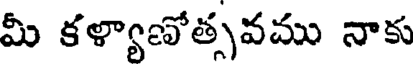
మీ కళ్యాణోత్సవము నాకు